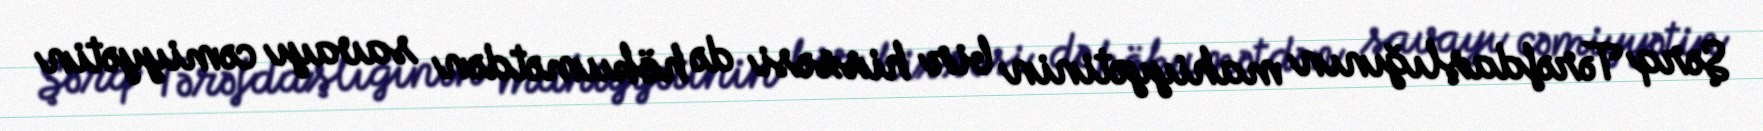
Şərq Tərəfdaşlığının mahiyyətinin bir hissəsi də hökumətdən savayı cəmiyyətin